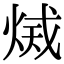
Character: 𤉫